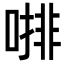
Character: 𠼕